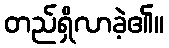
တည်ရှိလာခဲ့၏။